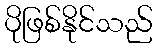
ပိုဖြစ်နိုင်သည်